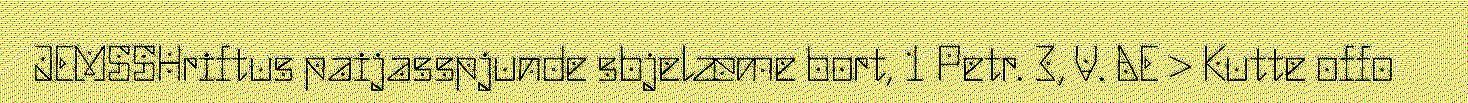
JEMSSHriftus paijasspjunde sbjelæme bort, 1 Petr. 3, V. AE > Kutte offo